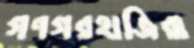
গণগরহাজিরা